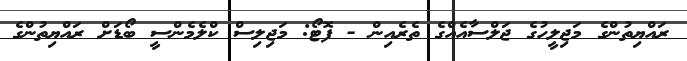
ރައްޔިތުންގެ މަޖިލީހުގެ ޖަލްސާއެއްގެ ތެރެއިން - ފޮޓޯ: މަޖިލިސް ކްލެމެންސީ ބޯޑަށް ރައްޔިތުންގެ